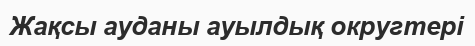
Жақсы ауданы ауылдық округтері